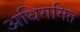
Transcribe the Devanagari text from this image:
अधिगमित